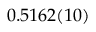
0 . 5 1 6 2 ( 1 0 )